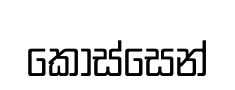
කොස්සෙන්